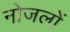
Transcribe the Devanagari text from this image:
नोजलों